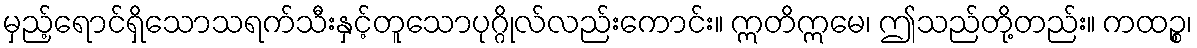
မှည့်ရောင်ရှိသောသရက်သီးနှင့်တူသောပုဂ္ဂိုလ်လည်းကောင်း။ ဣတိဣမေ၊ ဤသည်တို့တည်း။ ကထဉ္စ၊